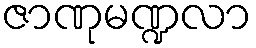
ဇာဏုမဏ္ဍလာ